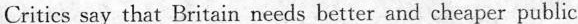
Criticssay that Britain needs better and cheaper public